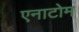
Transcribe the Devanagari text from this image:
एनाटोम